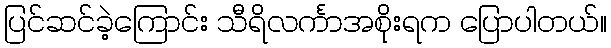
ပြင်ဆင်ခဲ့ကြောင်း သီရိလင်္ကာအစိုးရက ပြောပါတယ်။